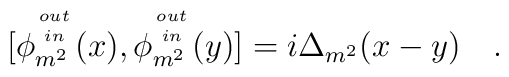
[\phi_{m^2}^{{\tiny\matrix{out\cr in}}}(x),\phi_{m^2}^{{\tiny\matrix{out\cr in}}}(y)]=i\Delta_{m^2}(x-y)~~~.